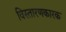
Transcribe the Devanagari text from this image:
विस्तारणकारक